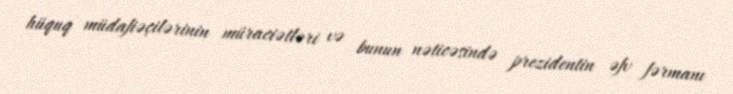
hüquq müdafiəçilərinin müraciətləri və bunun nəticəsində prezidentin əfv fərmanı